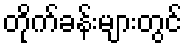
တိုက်ခန်းများတွင်